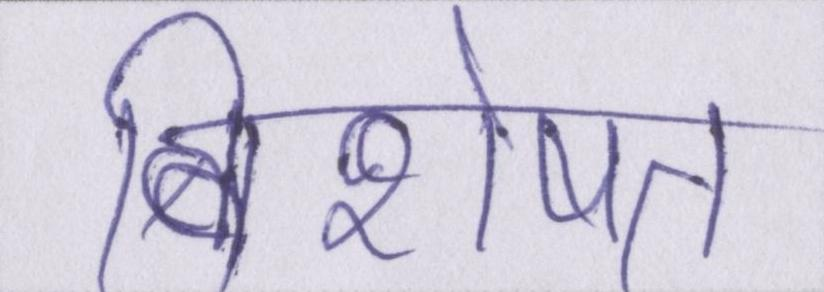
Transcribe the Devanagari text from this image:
विशेषत